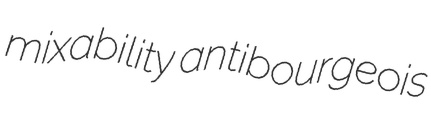
mixability antibourgeois